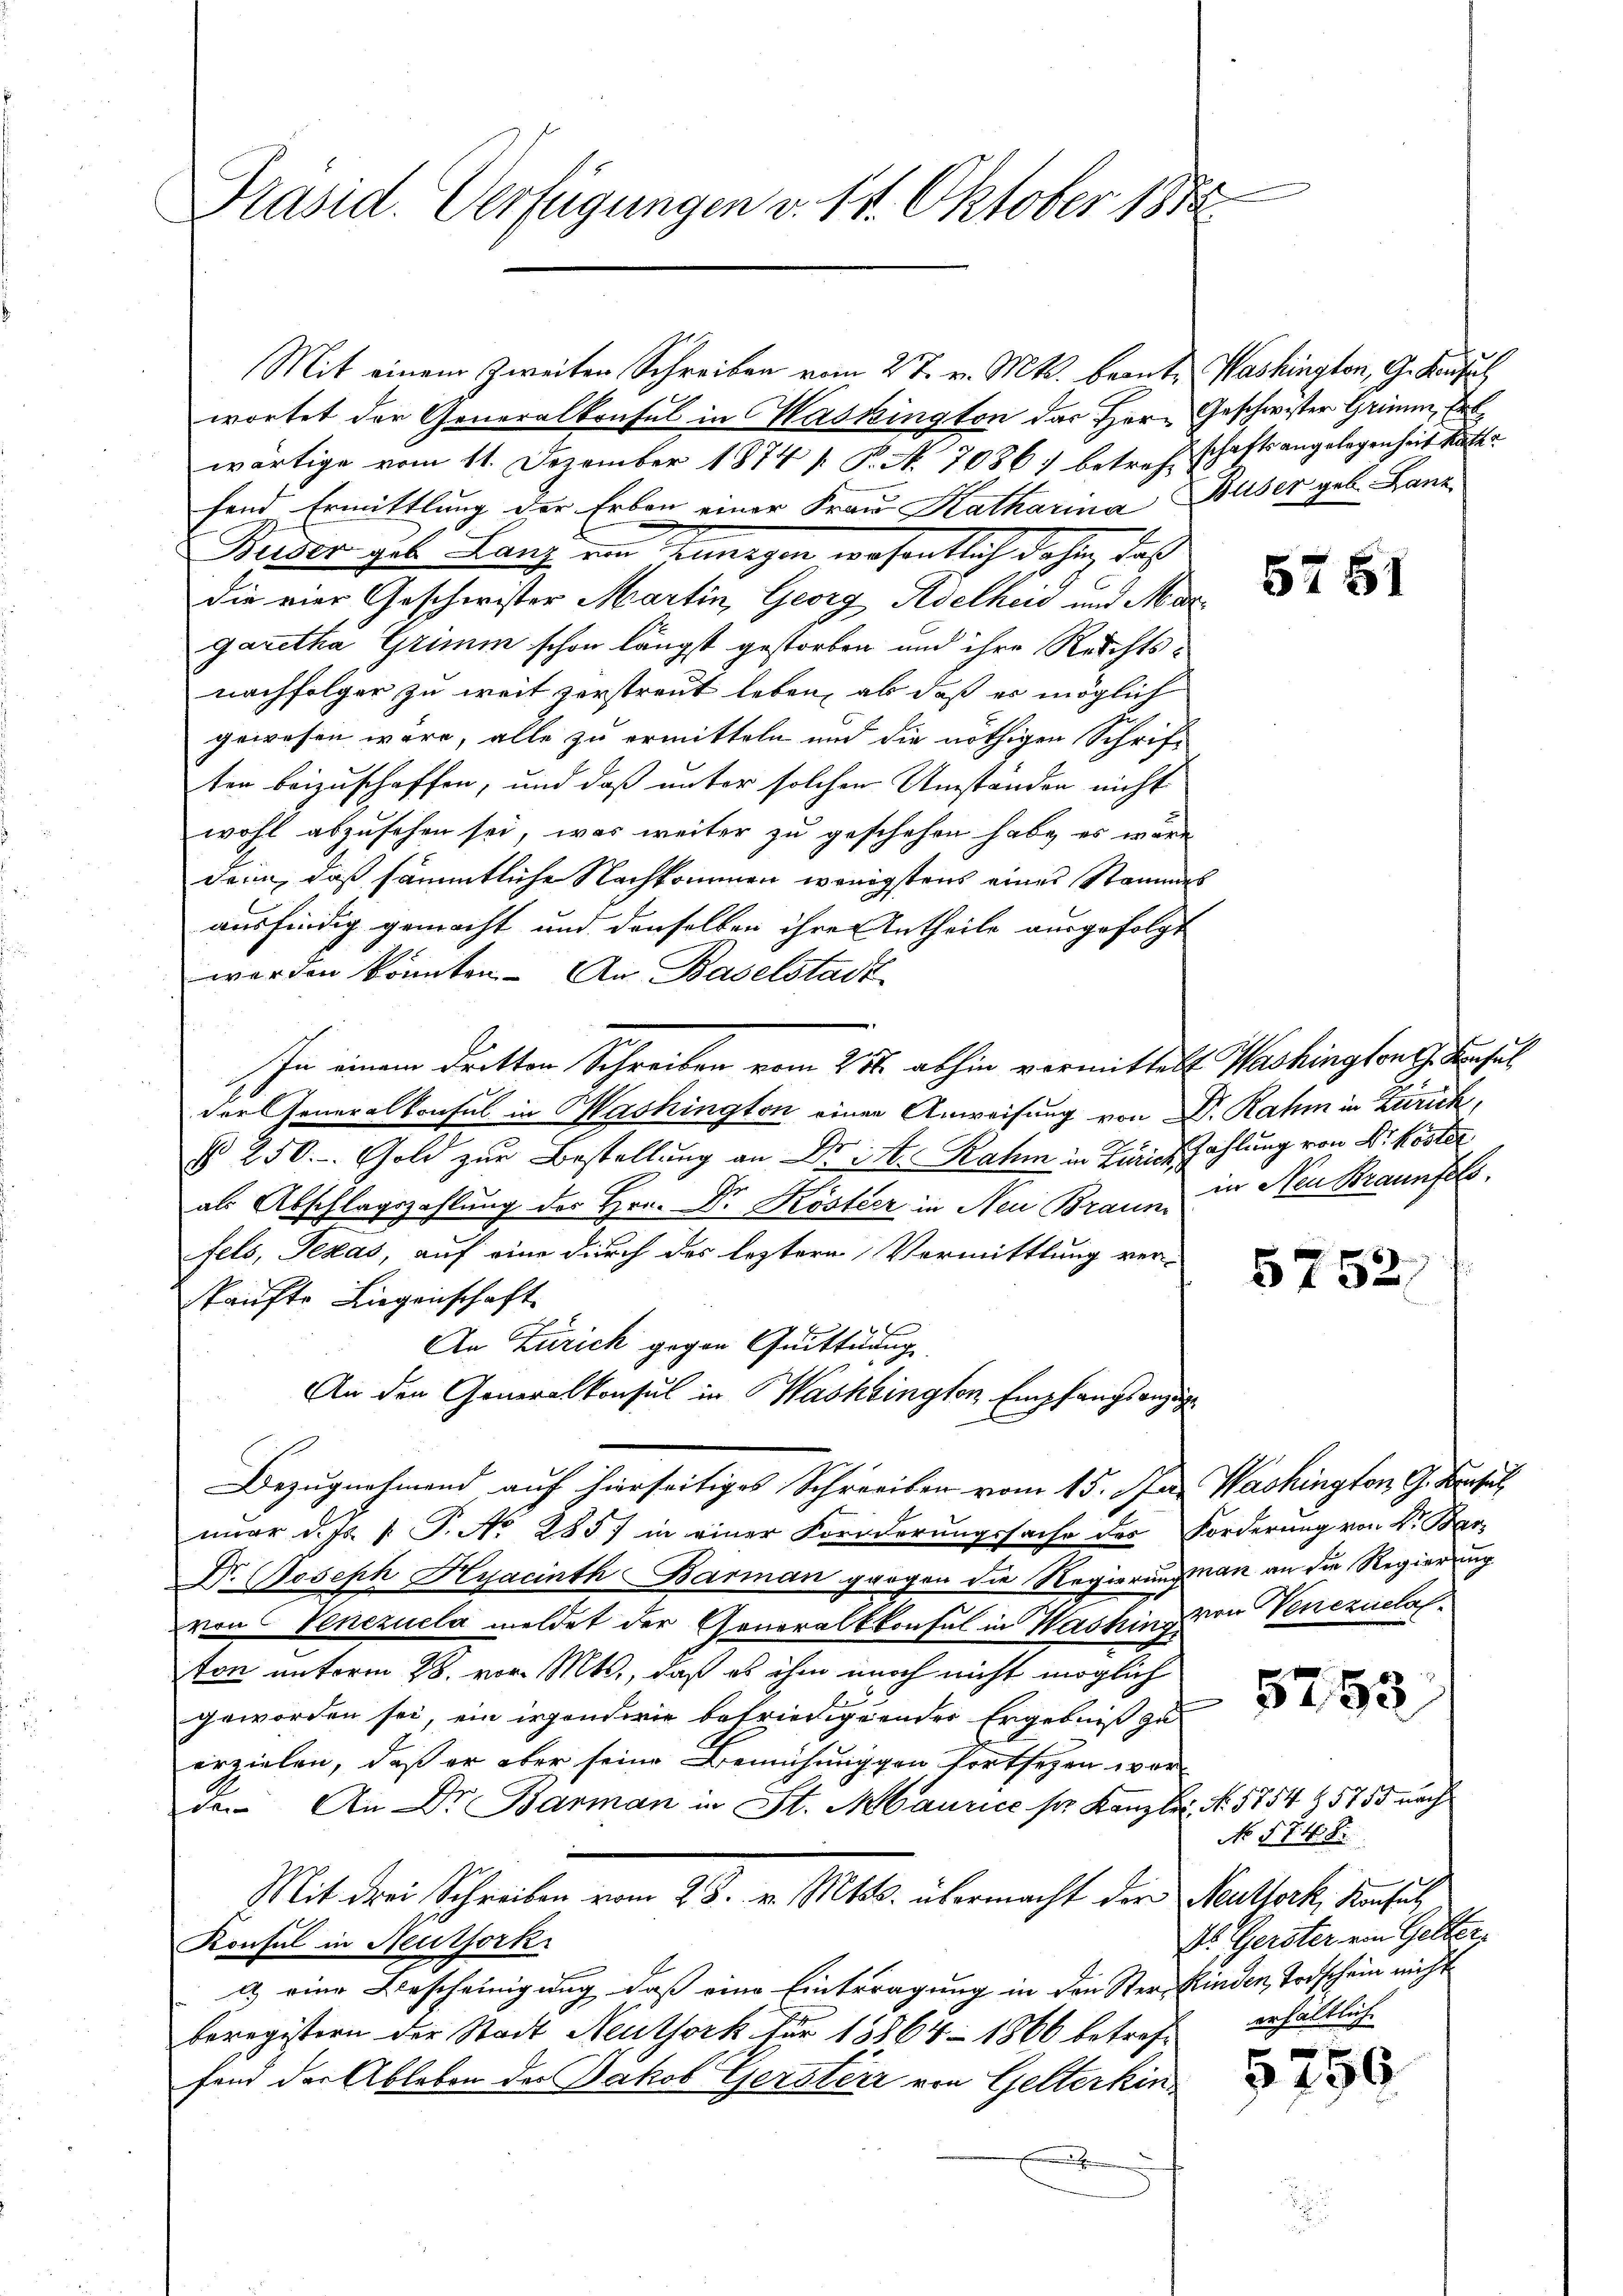
Präsid. Verfügungen v. 14. Oktober 1858.

wortet der Generalkonsul in Washington das Herr Geschwister Grimm, Erl
wärtige vom 11. Dezember 1874 / P. N. 7086) betrefeschaftsangelegenheit hätte
fend Ermittlung der Erben einer Frau Katharina Buser geb. Hane
Buser geb. Lanz von Annagen wesentlich dahin, daß
die vier Geschwister Martin, Georg Adelheid und Margaretha Grimm schon längst gestorben und ihre Reichtsnachfolger zu weit zerstreut leben, als daß es möglich
gewesen wäre, alle zu ermitteln und die nöthigen Schriften beizuschaffen, und daß unter solchen Umständen nicht
wohl abzusehen sei, was weiter zu geschehen habe, es wäre
derin, daß sämmtliche Nachkommen wenigstens eines Stammes
ausfindig gemacht und denselben ihre Antheile ausgefolgt
werden könnten. An Baselstadt
In einem dritten Schreiben vom 25t. abhin vermittelt. Washington G. Konsul
der Generalkonsul in Mashington einen Anweisung von Dr. Rahm in Zürich,
§ 250. Gold zur Bestellung an Dr. S. Rahm in Zürich Zahlung von Dr. Köster
als Abschlagszahlung des Hrn. Dr. Köster in Neu Braun in Neu Braunfels
fels, Texas, auf eine durch des leztere Vormittlung ver-
Kaufte Liegenschaft
6
An Zürich gegen Quittung
An den Generalkonsul in Washington Empfangsanzug
Bezugnahmend auf hierseitiges Schreiben vom 15. Jan. Washington G. Versel
nuar d. Js. v. P. No 2857 in einer Forderungssache des Forderung von Dr. Bar
Dr. Joseph Hyacinth Barman gangen die Regierungsman an die Regierung
von Venezuela meldet der Generalkkonsul in Washinz von Venezulaston unterm 28. vor. Mts., daß es ihm noch nicht möglich
geworden sei, ein irgendwie betriedigender Ergebniß zu
erzielen, daß er aber seine Bemühunggen fortsehen war
de. An Dr Barman in St. Maurice pr. Kanzlei No. 5754 & 5755 nach
Mit drei Schreiben vom 28. v. Mts. übermacht der Neutfork, Konsul
Konsul in Neuthork
a) eine Bescheinigung, daß eine Eintragung in den Ster Kinden Todschein nicht
beregistern der Stadt Neuthork für 13864–1866 betreff
fand der Ableben des Jakob Gersteri von Gelterkin
.

Mit einem Zweiten Schreiben vom 27. v. Mts. beante Washington, G. Kansach

5751

5752.

5753

No 574. 8
As. Gerster ein Gelter,
erhältlich

§750.